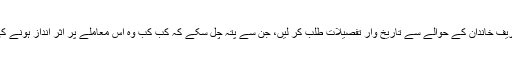
اس پر عدالت نے شریف خاندان کے حوالے سے تاریخ وار تفصیلات طلب کر لیں، جن سے پتہ چل سکے کہ کب کب وہ اس معاملے پر اثر انداز ہونے کی پوزیشن میں تھے۔